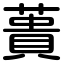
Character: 蕢